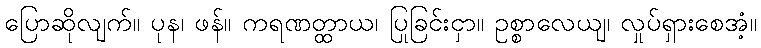
ပြောဆိုလျက်။ ပုန၊ ဖန်။ ကရဏတ္ထာယ၊ ပြုခြင်းငှာ။ ဥစ္စာလေယျ၊ လှုပ်ရှားစေအံ့။